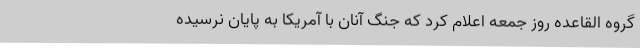
گروه القاعده روز جمعه اعلام کرد که جنگ آنان با آمریکا به پایان نرسیده